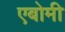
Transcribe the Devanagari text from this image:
एबोमी